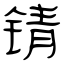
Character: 锖